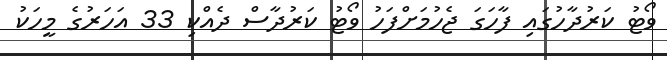
ވޯޓު ކަރުދާހުގައި ފާހަގަ ޖެހުމަށްފަހު ވޯޓު ކަރުދާސް ދެއްކި 33 އަހަރުގެ މީހަކު